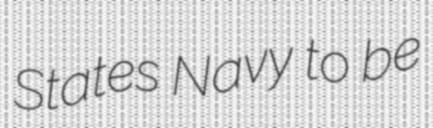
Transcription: States Navy to be